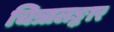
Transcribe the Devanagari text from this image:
चित्रालङ्कार